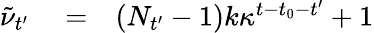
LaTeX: \begin{array}{rlr}{\tilde{\nu}_{t^{\prime}}}&{{}=}&{(N_{t^{\prime}}-1)k\kappa^{t-t_{0}-t^{\prime}}+1}\end{array}